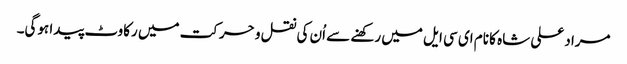
مراد علی شاہ کا نام ای سی ایل میں رکھنے سے اُن کی نقل و حرکت میں رکاوٹ پیدا ہوگی۔